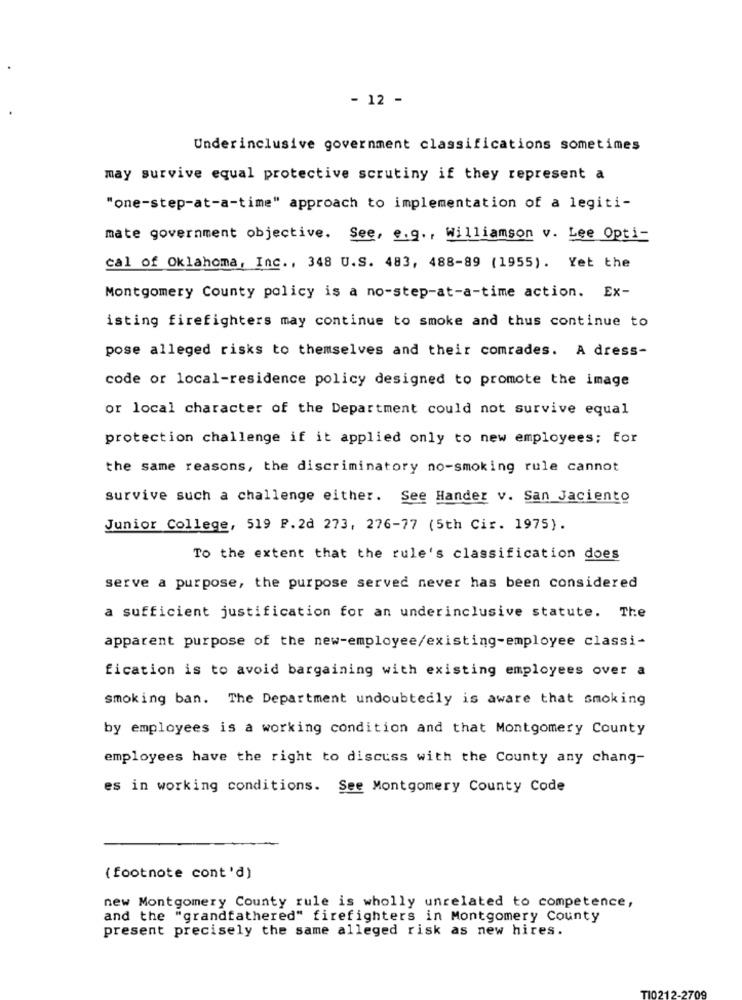
- 12 -
Underinclusive government classifications sometimes
may survive equal protective scrutiny if they represent a
"one-step-at-a-time" approach to implementation of a legiti-
mate government objective. See, e.g ., Williamson v. Lee Opti-
cal of Oklahoma, Inc ., 348 U.S. 483, 488-89 (1955). Yet the
Montgomery County policy is a no-step-at-a-time action. Ex-
isting firefighters may continue to smoke and thus continue to
pose alleged risks to themselves and their comrades. A dress-
code or local-residence policy designed to promote the image
or local character of the Department could not survive equal
protection challenge if it applied only to new employees; for
the same reasons, the discriminatory no-smoking rule cannot
survive such a challenge either. See Hander v. San Jaciento
Junior College, 519 P.2d 273, 276-77 (5th Cir. 1975).
To the extent that the rule's classification does
serve a purpose, the purpose served never has been considered
a sufficient justification for an underinclusive statute. The
apparent purpose of the new-employee/existing-employee classi-
fication is to avoid bargaining with existing employees over a
smoking ban. The Department undoubtedly is aware that smoking
by employees is a working condition and that Montgomery County
employees have the right to discuss with the County any chang-
es in working conditions. See Montgomery County Code
( footnote cont'd)
new Montgomery County rule is wholly unrelated to competence,
and the "grandfathered" firefighters in Montgomery County
present precisely the same alleged risk as new hires.
12-2709